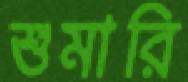
শুমারি